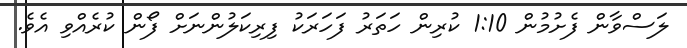
ލަސްވާން ފެށުމުން 1:10 ކުރިން ހަތަރު ފަހަރަކު ފިރިކަލުންނަށް ފޯން ކުރެއްވި އެވެ.